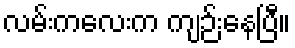
လမ်းကလေးက ကျဉ်းနေပြီ။